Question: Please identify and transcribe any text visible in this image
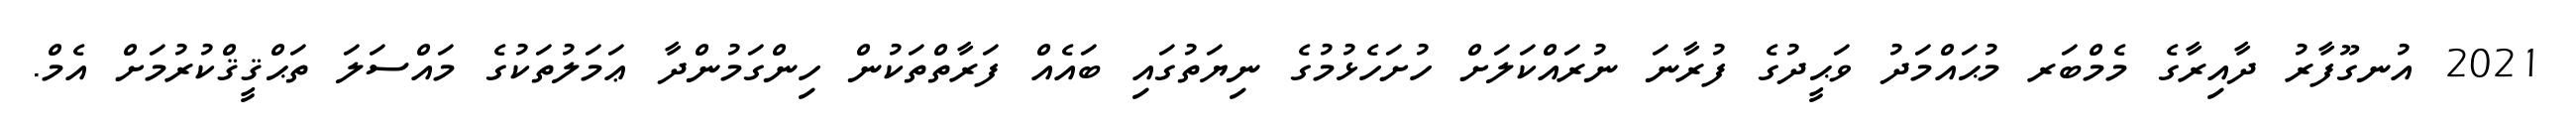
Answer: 2021 އުނގޫފާރު ދާއިރާގެ މެމްބަރ މުޙައްމަދު ވަޙީދުގެ ފުރާނަ ނުރައްކަލަށް ހުށަހެޅުމުގެ ނިޔަތުގައި ބައެއް ފަރާތްތަކުން ހިންގަމުންދާ ޢަމަލުތަކުގެ މައްސަލަ ތަޙްޤީޤްކުރުމަށް އެމް.